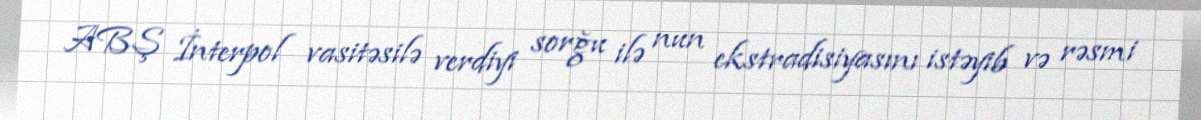
ABŞ İnterpol vasitəsilə verdiyi sorğu ilə nun ekstradisiyasını istəyib və rəsmi